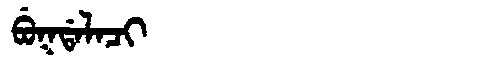
Manchu: ᠪᡠᡴᡩᠠᠯᠠᠴᡳ
Romanization: BUKDALACI